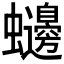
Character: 𮕙